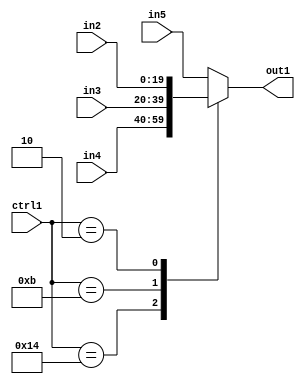
`timescale 1ps / 1ps
/*****************************************************************************
    Verilog RTL Description
    
    
    Created by: Stratus DpOpt 21.05.01 
*******************************************************************************/

module SobelFilter_N_Mux_20_4_10_4 (
	in5,
	in4,
	in3,
	in2,
	ctrl1,
	out1
	); /* architecture "behavioural" */ 
input [19:0] in5,
	in4,
	in3,
	in2;
input [4:0] ctrl1;
output [19:0] out1;
wire [19:0] asc001;

reg [19:0] asc001_tmp_0;
assign asc001 = asc001_tmp_0;
always @ (ctrl1 or in4 or in3 or in2 or in5) begin
	case (ctrl1)
		5'B10100 : asc001_tmp_0 = in4 ;
		5'B01011 : asc001_tmp_0 = in3 ;
		5'B00010 : asc001_tmp_0 = in2 ;
		default : asc001_tmp_0 = in5 ;
	endcase
end

assign out1 = asc001;
endmodule

/* CADENCE  v7n3TAs= : u9/ySxbfrwZIxEzHVQQV8Q== ** DO NOT EDIT THIS LINE ******/